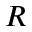
R